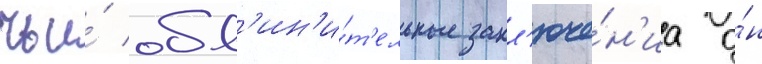
чьи́ обв'ин'и́т'ельные закл'юче́н'иа о́н